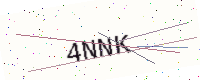
Text: 4NNK